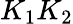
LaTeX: K_{1}K_{2}